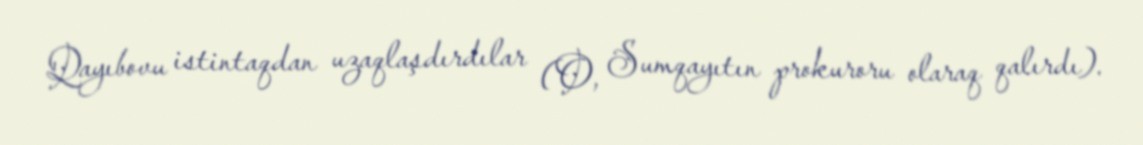
Qayıbovu istintaqdan uzaqlaşdırdılar (O, Sumqayıtın prokuroru olaraq qalırdı).